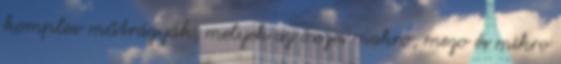
komplex műtrágyák, melyek az összes makro, mezo és mikro